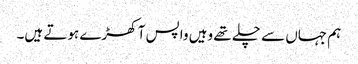
ہم جہاں سے چلے تھے وہیں واپس آ کھڑے ہوتے ہیں۔